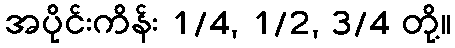
အပိုင်းကိန်း 1/4, 1/2, 3/4 တို့။